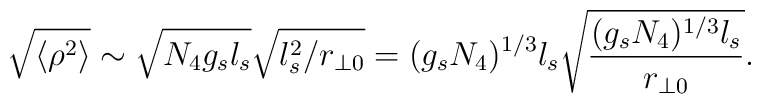
\sqrt{\langle \rho^2 \rangle } \sim \sqrt{N_4 g_s l_s}\sqrt{l^2_s/r_{\perp 0}} =(g_s N_4)^{1/3} l_s \sqrt{{(g_s N_4)^{1/3} l_s}\over {r_{\perp 0}}}.